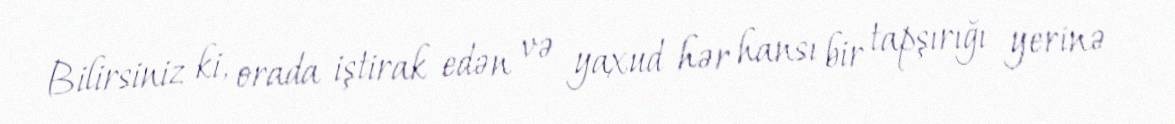
Bilirsiniz ki, orada iştirak edən və yaxud hər hansı bir tapşırığı yerinə